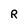
Character: R